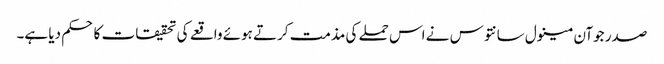
صدر جوآن مینول سانتوس نے اس حملے کی مذمت کرتے ہوئے واقعے کی تحقیقات کا حکم دیا ہے۔